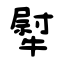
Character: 犚